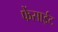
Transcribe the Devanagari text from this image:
फेंसाईट